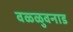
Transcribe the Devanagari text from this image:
वळ्ळुवनाड